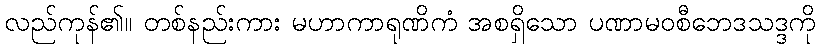
လည်ကုန်၏။ တစ်နည်းကား မဟာကာရုဏိကံ အစရှိသော ပဏာမဝစီဘေဒသဒ္ဒကို